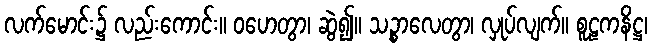
လက်မောင်း၌ လည်းကောင်း။ ဝဟေတွာ၊ ဆွဲ၍။ သဉ္စာလေတွာ၊ လှုပ်လျက်။ စူဠကနိဋ္ဌ၊